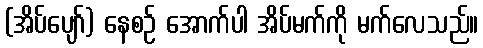
(အိပ်ပျော်) နေစဉ် အောက်ပါ အိပ်မက်ကို မက်လေသည်။